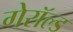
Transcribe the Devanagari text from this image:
गेरॉल्ड